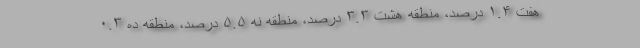
هفت ۱.۴ درصد، منطقه هشت ۳.۳ درصد، منطقه نه ۵.۵ درصد، منطقه ده ۰.۳